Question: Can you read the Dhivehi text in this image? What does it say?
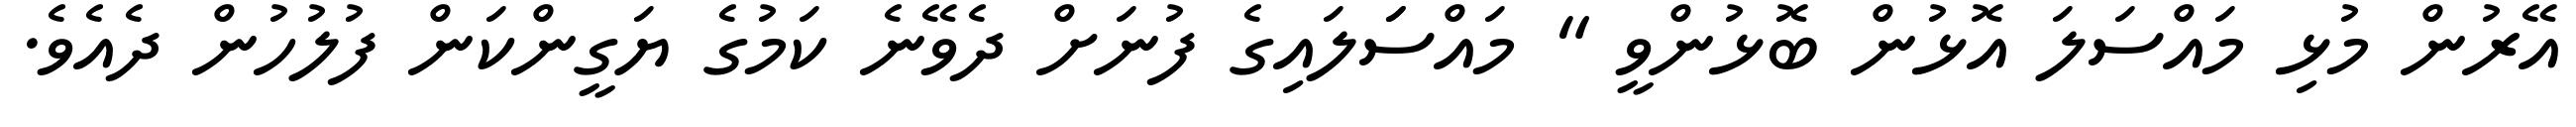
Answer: އޭރުން މުޅި މައްސަލަ އޮޅުން ބޮޅުންވީ " މައްސަަލައިގެ ފުނަށް ދެވޭނެ ކަމުގެ ޔަގީންކަން ފުލުހުން ދެއެވެ.